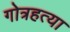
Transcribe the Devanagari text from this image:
गोत्रहत्या